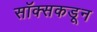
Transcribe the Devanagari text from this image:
सॉक्सकडून